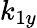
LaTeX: k_{1y}